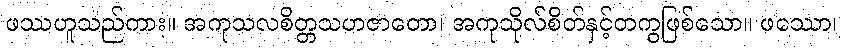
ဖဿဟူသည်ကား။ အကုသလစိတ္တသဟဇာတော၊ အကုသိုလ်စိတ်နှင့်တကွဖြစ်သော။ ဖဿော၊